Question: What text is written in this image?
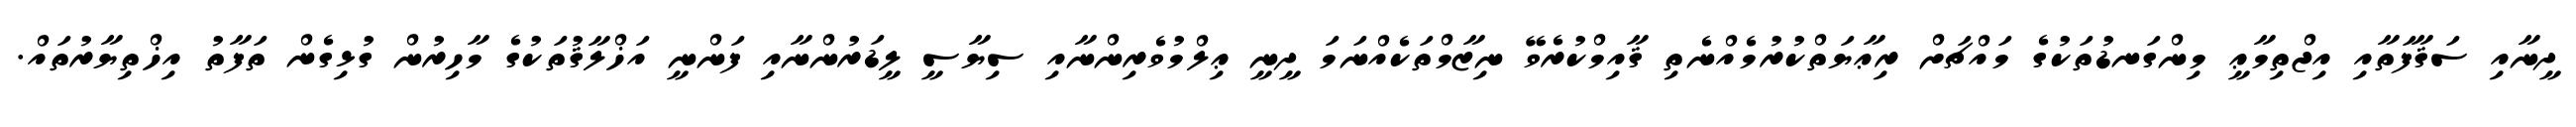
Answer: ދީނާއި ސަޤާފަތާއި އިޖްތިމާޢީ މިންގަނޑުތަކުގެ މައްޗަށް ރިޢާޔަތްކުރުމެއްނެތި ޤާއިމްކުރެވޭ ނިޒާމްތަކެއްނަމަ ދީނީ ޢިލްމުވެރިންނާއި ސިޔާސީ ލީޑަރުންނާއި ފަންނީ އަޚްލާޤުތަކުގެ މާހިރުން ގުޅިގެން ތަފާތު އިޚްތިޔާރުތައް.